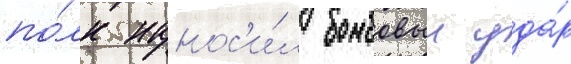
по́лк нанос'и́л бомбовыи уда́р